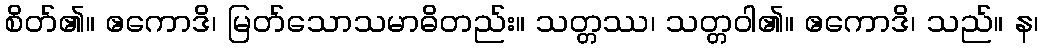
စိတ်၏။ ဧကောဒိ၊ မြတ်သောသမာဓိတည်း။ သတ္တဿ၊ သတ္တဝါ၏။ ဧကောဒိ၊ သည်။ န၊